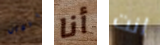
برجال أنا انت